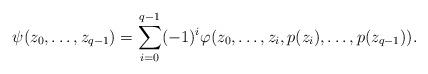
LaTeX: \begin{align*} \psi(z_0,\ldots,z_{q-1})=\sum_{i=0}^{q-1}(-1)^i\varphi(z_0,\ldots,z_i,p(z_i),\ldots,p(z_{q-1})).\end{align*}